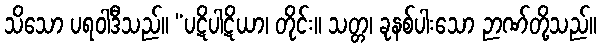
သိသော ပရဝါဒီသည်။ “ပဋိပါဋိယာ၊ တိုင်း။ သတ္တ၊ ခုနစ်ပါးသော ဉာဏ်တို့သည်။